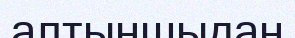
алтыншыдан